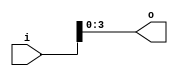
module DataWidthConvert(i, o);

	parameter data_width_in = 32;
	parameter data_width_out = 4;	

	input[data_width_in - 1 : 0] i;
	output[data_width_out - 1 : 0] o;

	generate
		if(data_width_in >= data_width_out) begin
			assign o = i[data_width_in - 1 : 0];
		end else begin 
			assign o = {{data_width_out - data_width_in{1'b0}} ,i};
		end
	endgenerate
endmodule